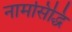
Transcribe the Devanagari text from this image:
नामसिद्धि